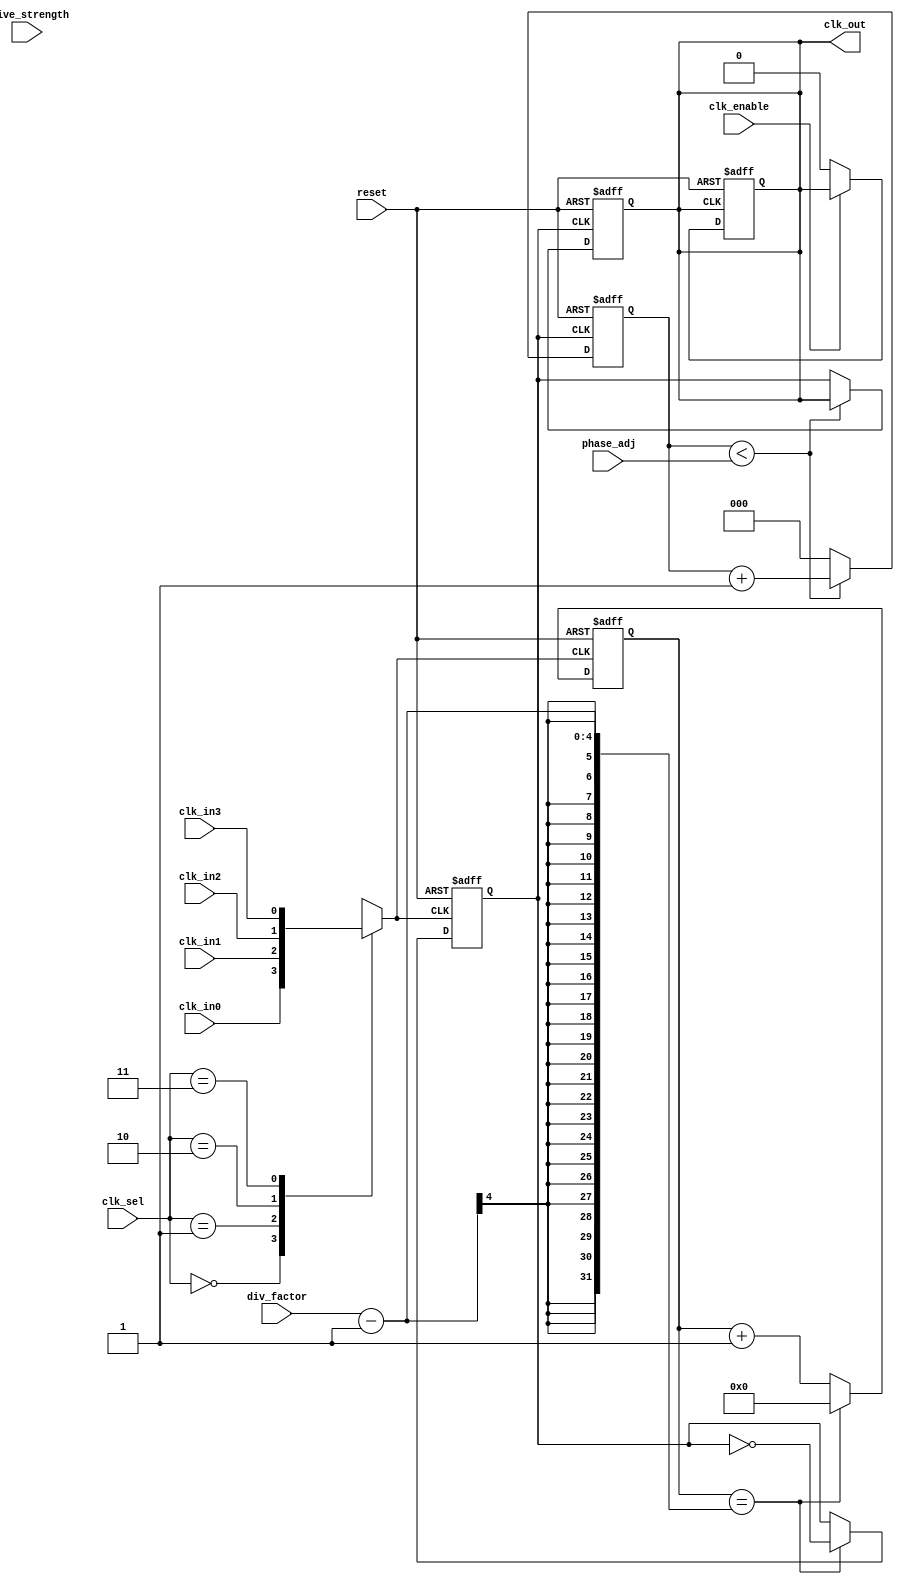
module ProgrammableClockBuffer (
    input wire clk_in0,         // Clock input 0
    input wire clk_in1,         // Clock input 1
    input wire clk_in2,         // Clock input 2
    input wire clk_in3,         // Clock input 3
    input wire [1:0] clk_sel,   // Clock source selection
    input wire [3:0] div_factor, // Frequency division factor
    input wire [2:0] phase_adj,  // Phase adjustment (in clock cycles)
    input wire drive_strength,   // Drive strength control
    input wire clk_enable,       // Clock gating enable
    input wire reset,            // Reset signal
    output reg clk_out           // Output clock
);

    reg selected_clk;            // Selected clock signal
    reg [3:0] counter;           // Counter for frequency division
    reg [2:0] phase_counter;     // Counter for phase adjustment
    reg clk_div;                 // Divided clock signal

    // Clock input selection
    always @(*) begin
        case (clk_sel)
            2'b00: selected_clk = clk_in0;
            2'b01: selected_clk = clk_in1;
            2'b10: selected_clk = clk_in2;
            2'b11: selected_clk = clk_in3;
            default: selected_clk = clk_in0; // Default case
        endcase
    end

    // Frequency division
    always @(posedge selected_clk or posedge reset) begin
        if (reset) begin
            counter <= 0;
            clk_div <= 0;
        end else begin
            if (counter == div_factor - 1) begin
                clk_div <= ~clk_div; // Toggle the divided clock
                counter <= 0;        // Reset counter
            end else begin
                counter <= counter + 1; // Increment counter
            end
        end
    end

    // Phase adjustment
    always @(posedge clk_div or posedge reset) begin
        if (reset) begin
            phase_counter <= 0;
            clk_out <= 0;
        end else begin
            if (phase_counter < phase_adj) begin
                phase_counter <= phase_counter + 1; // Increment phase counter
            end else begin
                clk_out <= clk_div; // Output the divided clock
                phase_counter <= 0;  // Reset phase counter
            end
        end
    end

    // Drive strength control and clock gating
    always @(posedge clk_out or posedge reset) begin
        if (reset) begin
            clk_out <= 0;
        end else if (clk_enable) begin
            // Adjust output drive strength based on control signal
            if (drive_strength) begin
                // High drive strength logic (example)
                clk_out <= clk_out; // Drive with high strength
            end else begin
                // Low drive strength logic (example)
                clk_out <= clk_out; // Drive with low strength
            end
        end else begin
            clk_out <= 0; // Disable clock output
        end
    end

endmodule